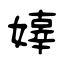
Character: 嫴